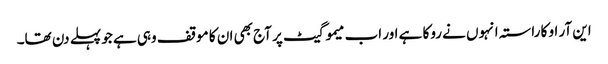
این آر او کا راستہ انہوں نے روکا ہے اور اب میمو گیٹ پر آج بھی ان کا موقف وہی ہے جو پہلے دن تھا۔